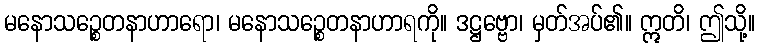
မနောသဉ္စေတနာဟာရော၊ မနောသဉ္စေတနာဟာရကို။ ဒဋ္ဌဗ္ဗော၊ မှတ်အပ်၏။ ဣတိ၊ ဤသို့။